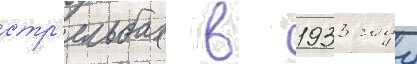
стр'ельбах в 1933 году